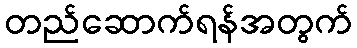
တည်ဆောက်ရန်အတွက်